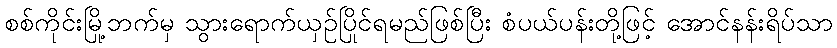
စစ်ကိုင်းမြို့ဘက်မှ သွားရောက်ယှဉ်ပြိုင်ရမည်ဖြစ်ပြီး စံပယ်ပန်းတို့ဖြင့် အောင်နန်းရိပ်သာ